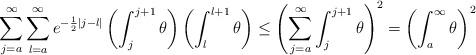
LaTeX: \begin{align*} \sum_{j=a}^\infty\sum_{l=a}^\infty e^{-{\frac{1}{2}}|j-l|}\left(\int_{j}^{j+1}\theta\right)\left( \int_{l}^{l+1}\theta\right) \le \left(\sum_{j=a}^\infty \int_j^{j+1}\theta\right)^2= \left(\int_a^\infty \theta\right)^2 \end{align*}